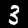
Label: 3